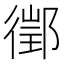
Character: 𨝔